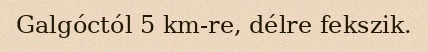
Galgóctól 5 km-re, délre fekszik.